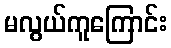
မလွယ်ကူကြောင်း